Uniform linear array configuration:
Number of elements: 32
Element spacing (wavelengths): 0.75
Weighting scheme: exponential
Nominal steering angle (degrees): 0
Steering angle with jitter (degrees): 1.695
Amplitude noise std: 0.05
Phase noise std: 0.05

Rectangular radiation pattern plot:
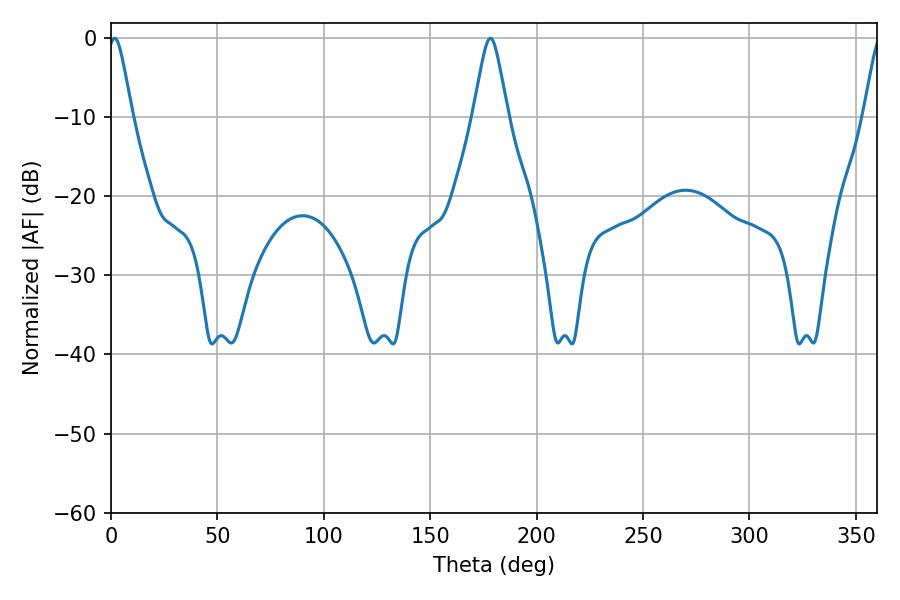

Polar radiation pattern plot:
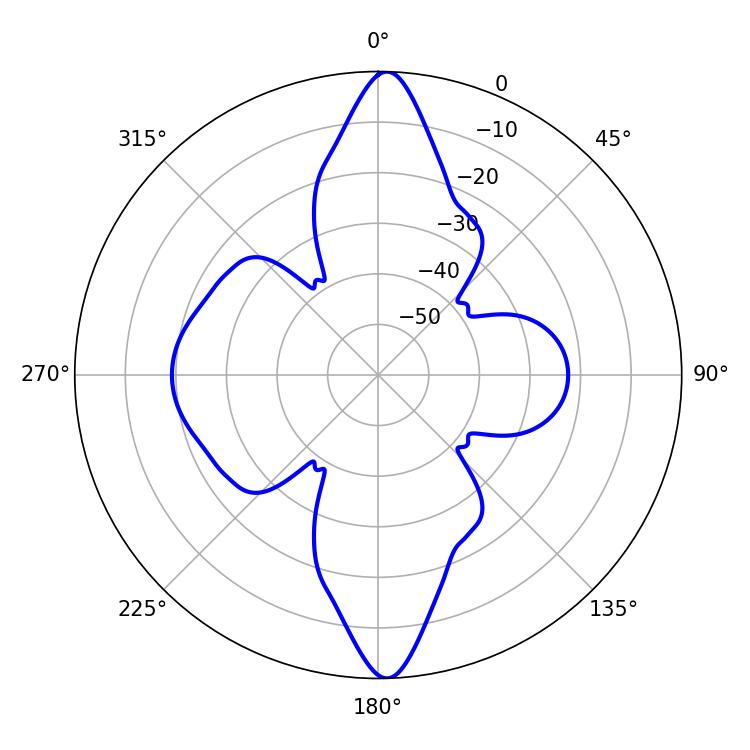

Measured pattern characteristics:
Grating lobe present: TRUE
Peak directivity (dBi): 26.86
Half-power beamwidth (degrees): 5.58
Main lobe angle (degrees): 1.8